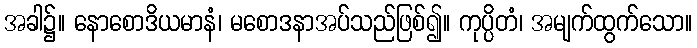
အခါ၌။ နောစောဒိယမာနံ၊ မစောဒနာအပ်သည်ဖြစ်၍။ ကုပ္ပိတံ၊ အမျက်ထွက်သော။